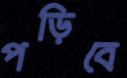
পড়িবে